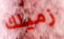
زميلك